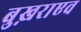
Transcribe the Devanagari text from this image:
बुख़राएव